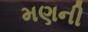
મણની